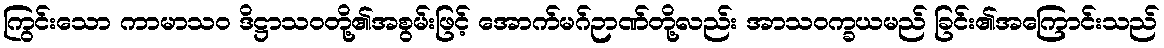
ကြွင်းသော ကာမာသဝ ဒိဋ္ဌာသဝတို့၏အစွမ်းဖြင့် အောက်မဂ်ဉာဏ်တို့လည်း အာသဝက္ခယမည် ခြင်း၏အကြောင်းသည်